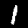
Digit: 1